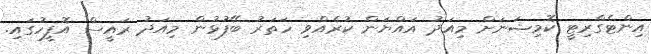
އިންޓެގްރިޓީ ކޮމިޝަނަށް މިއަދު އައްޔަން ކުރެއްވި ހަތަރު ބޭފުޅުން މިއަދު ރައީސް އޮފީހުގައި.